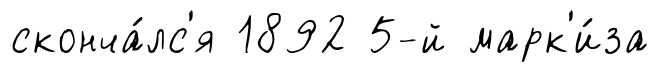
сконча́лс'я 1892 5-й марк'и́за